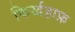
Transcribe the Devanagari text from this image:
किर्खहाफ़